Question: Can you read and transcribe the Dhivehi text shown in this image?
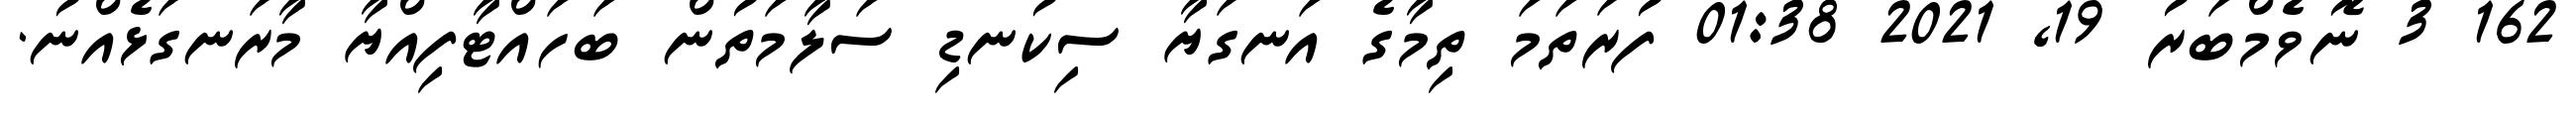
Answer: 162 3 ނޮވެމްބަރު 19, 2021 01:38 ފުރަތަމަ ތިމާގެ އަނގަޔާ ސިކުނޑި ސަލާމަތުން ބަހައްޓާފިއްޔާ މާރަނގަޅެއްނު.